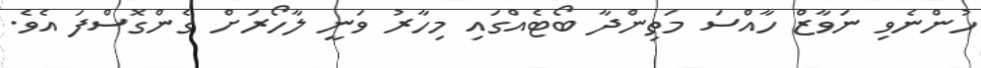
ހުންނެވި ނަވާޒް ހާއްސަ މަތިންދާ ބޯޓެއްގައި މިހާރު ވަނީ ލާހޯރަށް ގެންގޮސްފަ އެވެ.